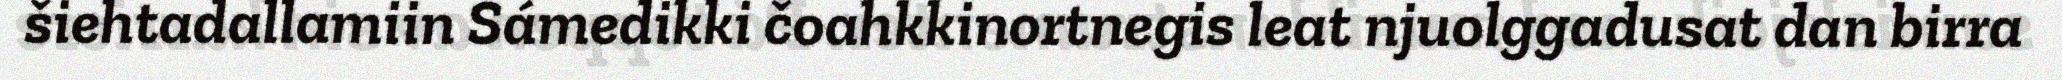
šiehtadallamiin Sámedikki čoahkkinortnegis leat njuolggadusat dan birra